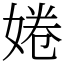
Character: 婘